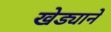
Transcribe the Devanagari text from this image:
खेड्याने